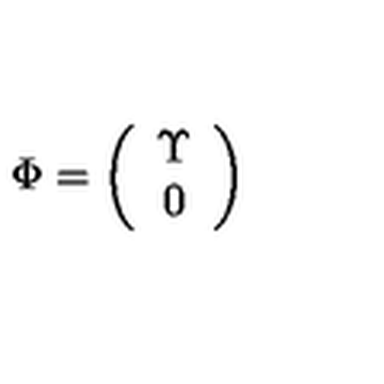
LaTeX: \Phi = \left( \begin{array} { c } { \Upsilon } \\ { 0 } \\ \end{array} \right)